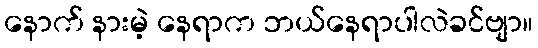
နောက် နားမဲ့ နေရာက ဘယ်နေရာပါလဲခင်ဗျာ။